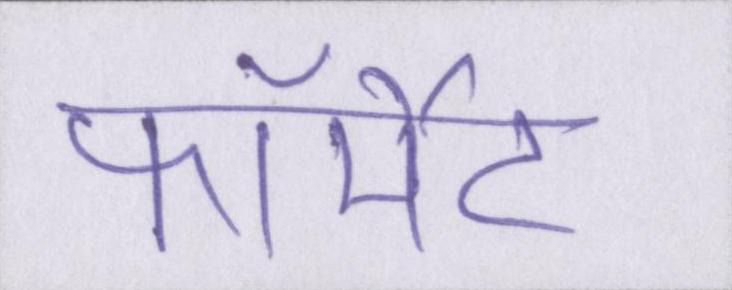
फॉर्मेट